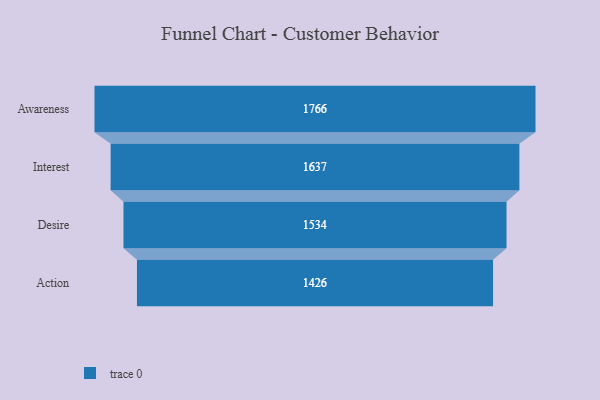
{"axis": {"x": "Stage", "y": "Value"}, "legend": [""], "data": [{"x": "Awareness", "y": 1766.0, "type": ""}, {"x": "Interest", "y": 1637.0, "type": ""}, {"x": "Desire", "y": 1534.0, "type": ""}, {"x": "Action", "y": 1426.0, "type": ""}]}